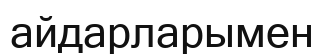
айдарларымен